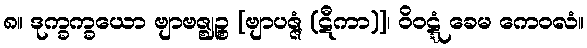
၈။ ဒုက္ခက္ခယော ဗျာဗဇ္ဈဉ္စ [ဗျာပဇ္ဇံ (ဋီကာ)]၊ ဝိဝဋ္ဋံ ခေမ ကေဝလံ။